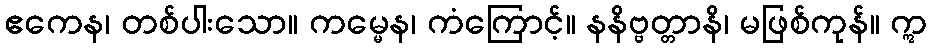
ဧကေန၊ တစ်ပါးသော။ ကမ္မေန၊ ကံကြောင့်။ နနိဗ္ဗတ္တာနိ၊ မဖြစ်ကုန်။ ဣ